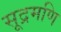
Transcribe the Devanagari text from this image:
सूद्रमणि